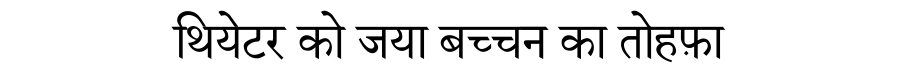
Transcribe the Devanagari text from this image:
थियेटर को जया बच्चन का तोहफ़ा